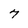
Character: 7